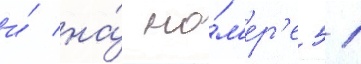
и́ на́ но́м'ер'е 51